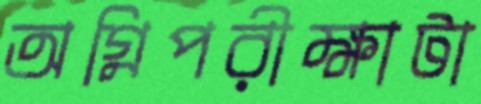
অগ্নিপরীক্ষাটা